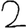
Digit: 2